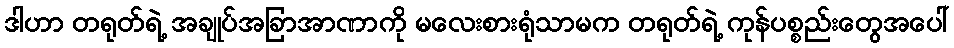
ဒါဟာ တရုတ်ရဲ့ အချုပ်အခြာအာဏာကို မလေးစားရုံသာမက တရုတ်ရဲ့ ကုန်ပစ္စည်းတွေအပေါ်